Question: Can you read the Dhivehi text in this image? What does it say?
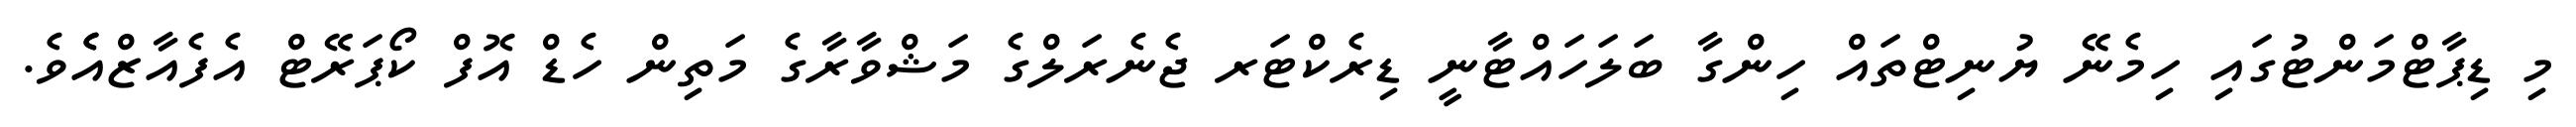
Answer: މި ޑިޕާޓްމަންޓުގައި ހިމެނޭ ޔުނިޓްތައް ހިންގާ ބަލަހައްޓާނީ ޑިރެކްޓަރ ޖެނެރަލްގެ މަޝްވާރާގެ މަތިން ހެޑް އޮފް ކޯޕަރޭޓް އެފެއާޒްއެެވެ.